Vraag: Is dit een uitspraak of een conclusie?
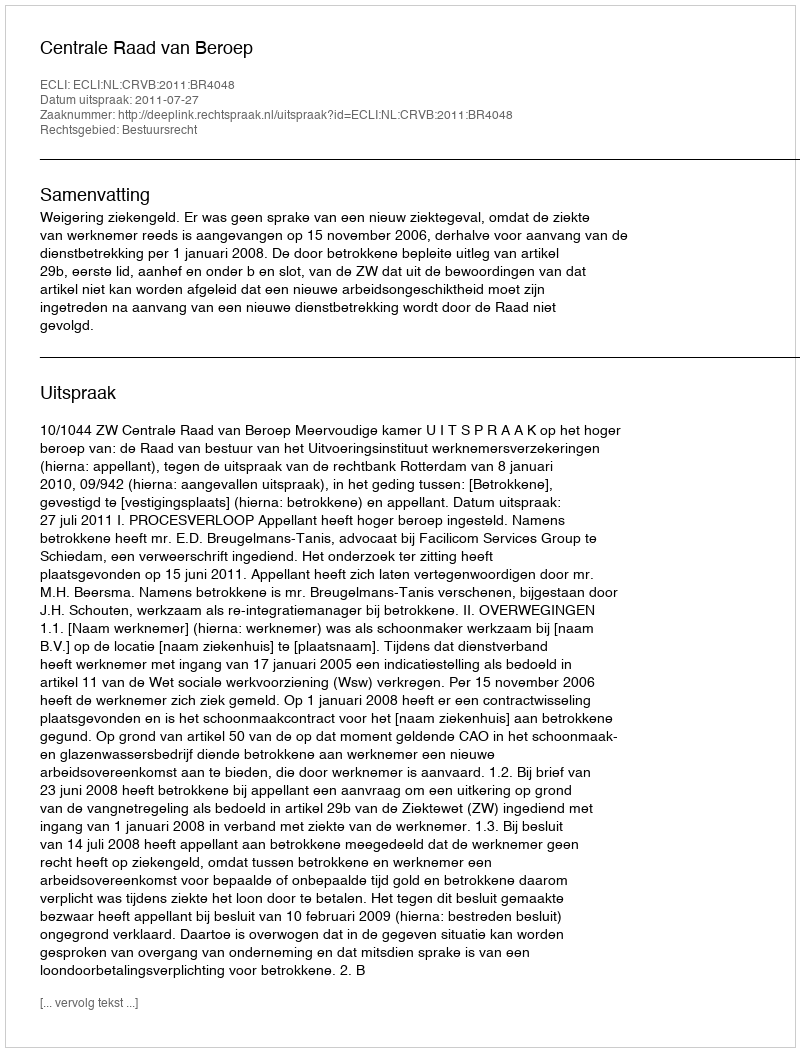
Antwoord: Uitspraak